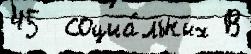
45  социа́льных В